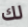
لك